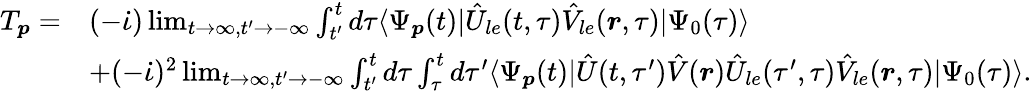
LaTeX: \begin{array}{rl}{T_{\boldsymbol{p}}=}&{(-\dot{\iota})\operatorname*{lim}_{t\to\infty,t^{\prime}\to-\infty}\int_{t^{\prime}}^{t}d\tau\langle\Psi_{\boldsymbol{p}}(t)|\hat{U}_{le}(t,\tau)\hat{V}_{le}(\boldsymbol{r},\tau)|\Psi_{0}(\tau)\rangle}\\ &{+(-\dot{\iota})^{2}\operatorname*{lim}_{t\to\infty,t^{\prime}\to-\infty}\int_{t^{\prime}}^{t}d\tau\int_{\tau}^{t}d\tau^{\prime}\langle\Psi_{\boldsymbol{p}}(t)|\hat{U}(t,\tau^{\prime})\hat{V}(\boldsymbol{r})\hat{U}_{le}(\tau^{\prime},\tau)\hat{V}_{le}(\boldsymbol{r},\tau)|\Psi_{0}(\tau)\rangle.}\end{array}